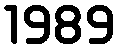
1989